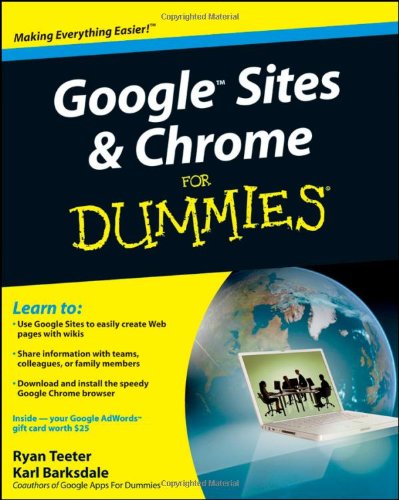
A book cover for Google Sites and Chrome For Dummies; Ryan Teeter; Computers & Technology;